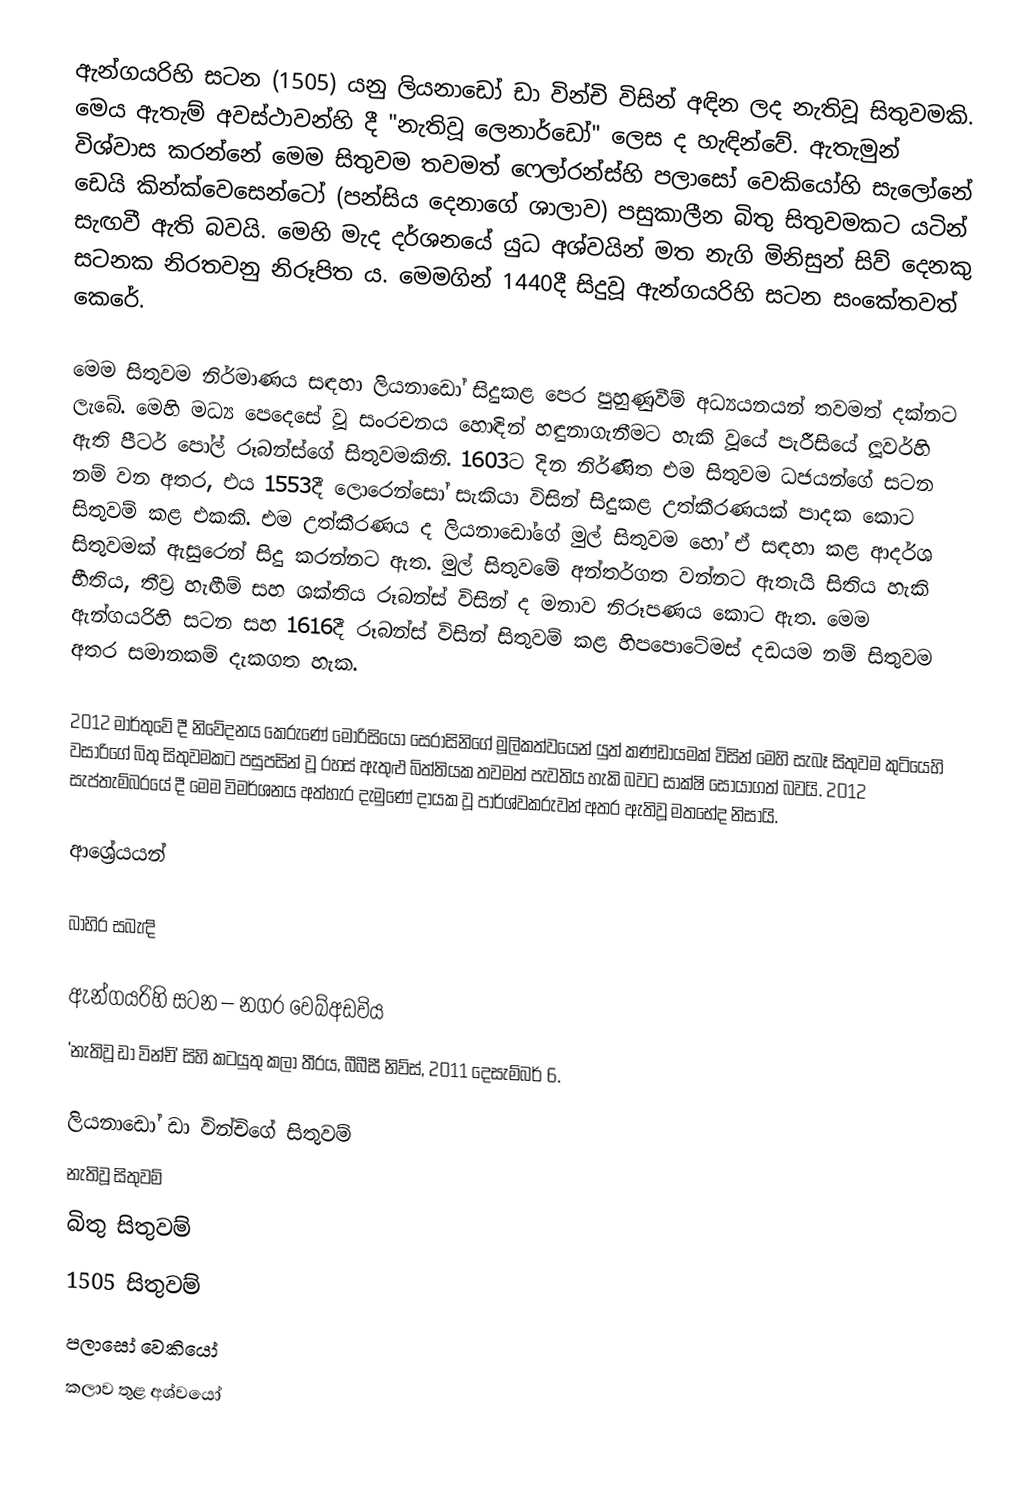
ඇන්ගයරිහි සටන (1505) යනු ලියනාඩෝ ඩා වින්චි විසින් අඳින ලද නැතිවූ සිතුවමකි. මෙය ඇතැම් අවස්ථාවන්හි දී "නැතිවූ ලෙනාර්ඩෝ" ලෙස ද හැඳින්වේ. ඇතැමුන් විශ්වාස කරන්නේ මෙම සිතුවම තවමත් ෆ‍්ලෝරන්ස්හි පලාසෝ වෙකියෝහි ‍සැලෝනේ ඩෙයි කින්ක්වෙසෙන්ටෝ (පන්සිය දෙනාගේ ශාලාව) පසුකාලීන බිතු සිතුවමකට යටින් සැඟවී ඇති බවයි. මෙහි මැද දර්ශනයේ යුධ අශ්වයින් මත නැගි මිනිසුන් සිව් දෙනකු සටනක නිරතවනු නිරූපිත ය. මෙමගින් 1440දී සිදුවූ ඇන්ගයරිහි සටන සංකේතවත් කෙරේ.

මෙම සිතුවම නිර්මාණය සඳහා ලියනාඩෝ සිදුකළ පෙර පුහුණුවීම් අධ්‍යයනයන් තවමත් දක්නට ලැබේ. මෙහි මධ්‍ය පෙදෙසේ වූ සංරචනය හොඳින් හඳුනාගැනීමට හැකි වූයේ පැරීසියේ ලූවර්හි ඇති පීටර් පෝල් රූබන්ස්ගේ සිතුවමකිනි. 1603ට දින නිර්ණිත එම සිතුවම ධජයන්ගේ සටන නම් වන අතර, එය 1553දී ලොරෙන්සෝ සැකියා විසින් සිදුකළ උත්කීරණයක් පාදක කොට සිතුවම් කළ එකකි. එම උත්කීරණය ද ලියනාඩෝගේ මුල් සිතුවම හෝ ඒ සඳහා කළ ආදර්ශ සිතුවමක් ඇසුරෙන් සිදු කරන්නට ඇත. මුල් සිතුවමේ අන්තර්ගත වන්නට ඇතැයි සිතිය හැකි භීතිය, තීව්‍ර හැඟීම් සහ ශක්තිය රූබන්ස් විසින් ද මනාව නිරූපණය කොට ඇත. මෙම ඇන්ගයරිහි සටන සහ 1616දී රූබන්ස් විසින් සිතුවම් කළ හිපපොටේමස් දඩයම නම් සිතුවම අතර සමානකම් දැකගත හැක.

2012 මාර්තුවේ දී නිවේදනය කෙරුණේ මොරිසියෝ සෙරාසිනිගේ මූලිකත්වයෙන් යුත් කණ්ඩායමක් විසින් මෙහි සැබෑ සිතුවම කුටියෙහි වසාරිගේ බිතු සිතුවමකට පසුපසින් වූ රහස් ඇතුළු බිත්තියක තවමත් පැවතිය හැකි බවට සාක්ෂි සොයාගත් බවයි. 2012 ‍සැප්තැම්බරයේ දී මෙම විමර්ශනය අත්හැර දැමුණේ දායක වූ පාර්ශ්වකරුවන් අතර ඇතිවූ මතභේද නිසායි.

ආශ්‍රේයයන්

බාහිර සබැඳි

ඇන්ගයරිහි සටන – නගර වෙබ්අඩවිය
'නැතිවූ ඩා වින්චි' සිහි කටයුතු කලා තීරය, බීබීසී නිව්ස්, 2011 දෙසැම්බර් 6.

ලියනාඩෝ ඩා වින්චිගේ සිතුවම්
නැතිවූ සිතුවම්
බිතු සිතුවම්
1505 සිතුවම්
පලාසෝ වෙකියෝ
කලාව තුළ අශ්වයෝ